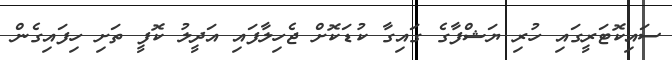
ސައިކޮޓަރީގައި ހުރި ޔަޝްފާގެ ގައިގާ ކުޑަކޮށް ޖެހިލާފައި އަދީލު ކޮފީ ތަށި ހިފައިގެން